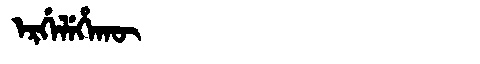
Manchu: ᡝᡵᡤᡝᠯᡝᡥᠠᡴᡡ
Romanization: ERGELEHAKŪ